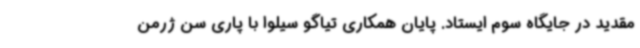
مقدید در جایگاه سوم ایستاد. پایان همکاری تیاگو سیلوا با پاری سن ژرمن